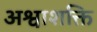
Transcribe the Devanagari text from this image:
अश्वाशक्ति